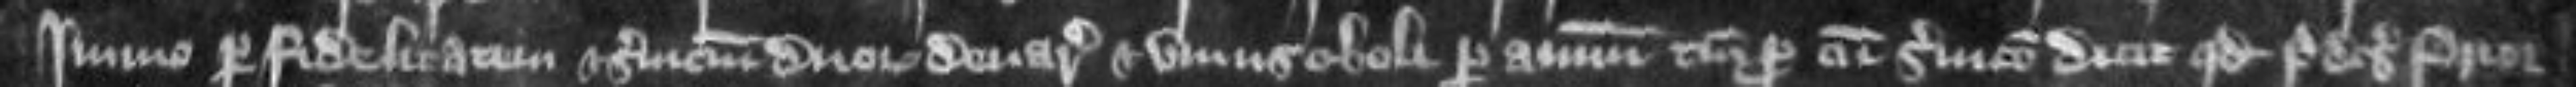
immo per fidelitatem et servicium duorum denariorum et unius oboli per annum tunc pro cum servicio dicit quod predictus prior